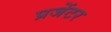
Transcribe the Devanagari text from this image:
प्रजेंटर